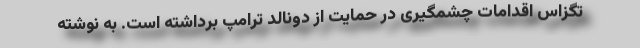
تگزاس اقدامات چشمگیری در حمایت از دونالد ترامپ برداشته است. به نوشته